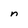
Character: n